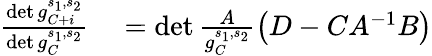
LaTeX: \begin{array}{rl}{\frac{\operatorname*{det}g_{C+i}^{s_{1},s_{2}}}{\operatorname*{det}g_{C}^{s_{1},s_{2}}}}&{{}=\operatorname*{det}\frac{A}{g_{C}^{s_{1},s_{2}}}\left(D-CA^{-1}B\right)}\end{array}